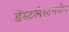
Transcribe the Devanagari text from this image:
डेंस्टलेस्टनजेन